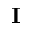
\bf { I }